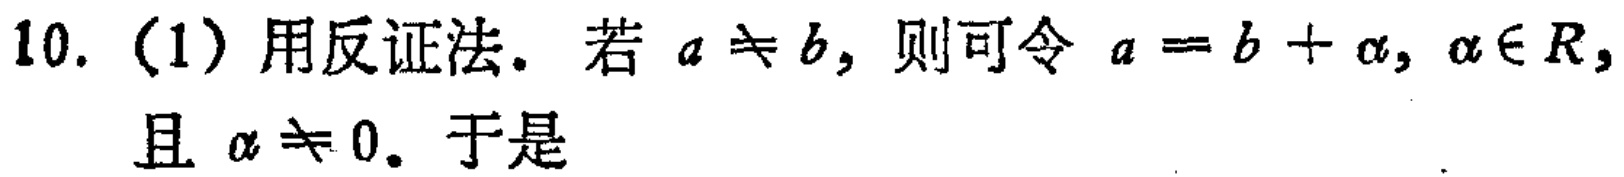
10. (1) 用反证法. 若 \(a\neq b\)，则可令 \(a = b+\alpha,\alpha\in R,\)且 \(\alpha\neq 0\). 于是